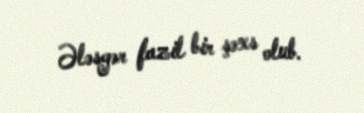
Ələsgər fazil bir şəxs olub.